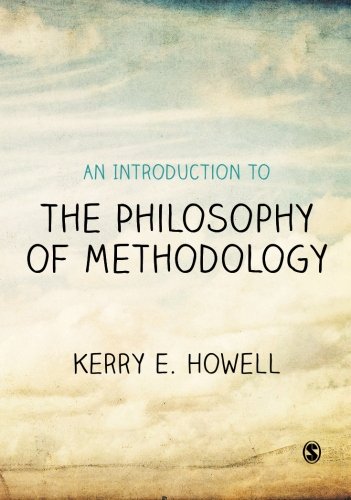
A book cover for An Introduction to the Philosophy of Methodology; Kerry E Howell; Politics & Social Sciences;